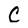
Character: C